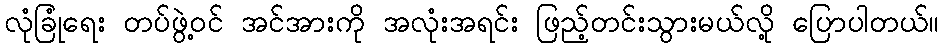
လုံခြုံရေး တပ်ဖွဲ့ဝင် အင်အားကို အလုံးအရင်း ဖြည့်တင်းသွားမယ်လို့ ပြောပါတယ်။